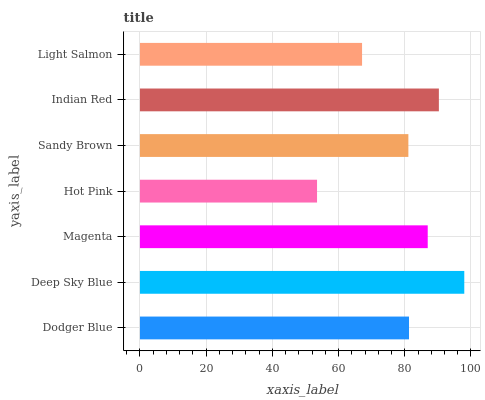
| yaxis_label | bars |
 | --- | --- |
 | Dodger Blue | 81.3 |
 | Deep Sky Blue | 98 |
 | Magenta | 86.9 |
 | Hot Pink | 53.5 |
 | Sandy Brown | 81.1 |
 | Indian Red | 90.3 |
 | Light Salmon | 67.1 |